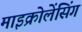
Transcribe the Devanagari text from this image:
माइक्रोलेंसिंग